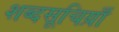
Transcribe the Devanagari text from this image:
शब्दसूचिय़ाँ